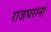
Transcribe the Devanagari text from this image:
राजघरानो